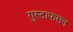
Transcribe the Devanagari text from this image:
गुस्टाफसन